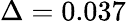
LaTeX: \Delta=0.037